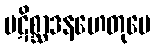
ပဋိစ္ဆာဒနဟေတုပေ